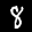
Label: 8